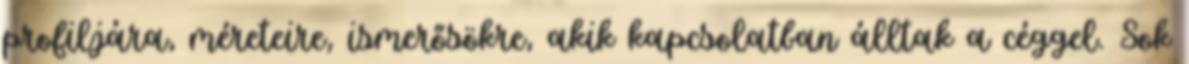
profiljára, méreteire, ismerősökre, akik kapcsolatban álltak a céggel. Sok